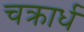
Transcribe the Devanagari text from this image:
चक्रार्ध